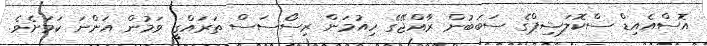
އޮސްއެއިޑް ސްކޮލަޝިޕްގެ ސަބަބުން ރާއްޖޭގެ ހިއުމަން ރިސޯސަސް ތަރައްގީ ވަމުން އަންނަ ކަމަށެވެ.